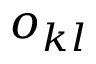
o _ { k l }